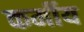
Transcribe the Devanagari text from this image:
कर्मीय